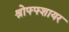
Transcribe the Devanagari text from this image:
श्रोफ्फ्शायर